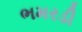
ભમરડી